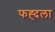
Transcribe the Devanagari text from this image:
फह्दला